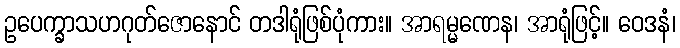
ဥပေက္ခာသဟဂုတ်ဇောနောင် တဒါရုံဖြစ်ပုံကား။ အာရမ္မဏေန၊ အာရုံဖြင့်။ ဝေဒနံ၊